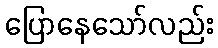
ပြောနေသော်လည်း